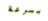
بسرعة